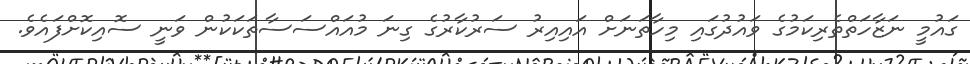
ގައުމީ ނަޒާހަތްތެރިކަމުގެ ވައުދުގައި މިހާތަނަށް އައިއިރު ސަރުކާރުގެ ގިނަ މުއައްސަސާތަކަކުން ވަނީ ސޮއިކޮށްފައެވެ.